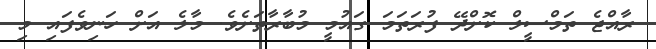
ރާއްޖެ ތަމްސީލް ކޮށްދޭ ފުރަތަމަ ގައުމީ މުބާރާތަށެވެ. މާލެ އަށް ހަނިވެފައި މި